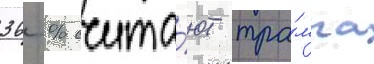
36 % счита́ют тра́мпа